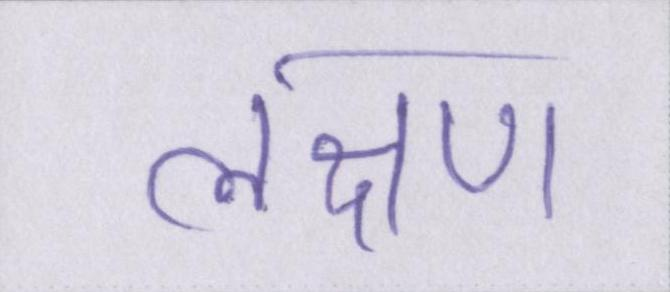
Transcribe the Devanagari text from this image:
लक्षण